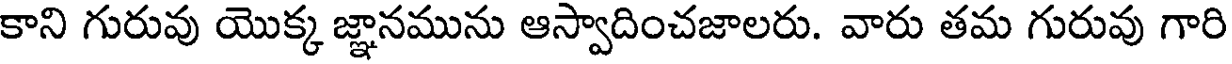
కాని గురువు యొక్క జ్ఞానమును ఆస్వాదించజాలరు. వారు తమ గురువు గారి